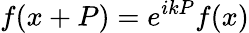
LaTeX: f(x+P)=e^{ikP}f(x)